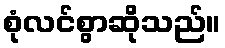
စုံလင်စွာဆိုသည်။